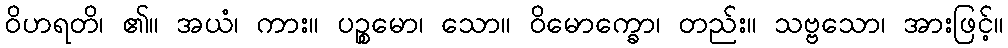
ဝိဟရတိ၊ ၏။ အယံ၊ ကား။ ပဉ္စမော၊ သော။ ဝိမောက္ခော၊ တည်း။ သဗ္ဗသော၊ အားဖြင့်။